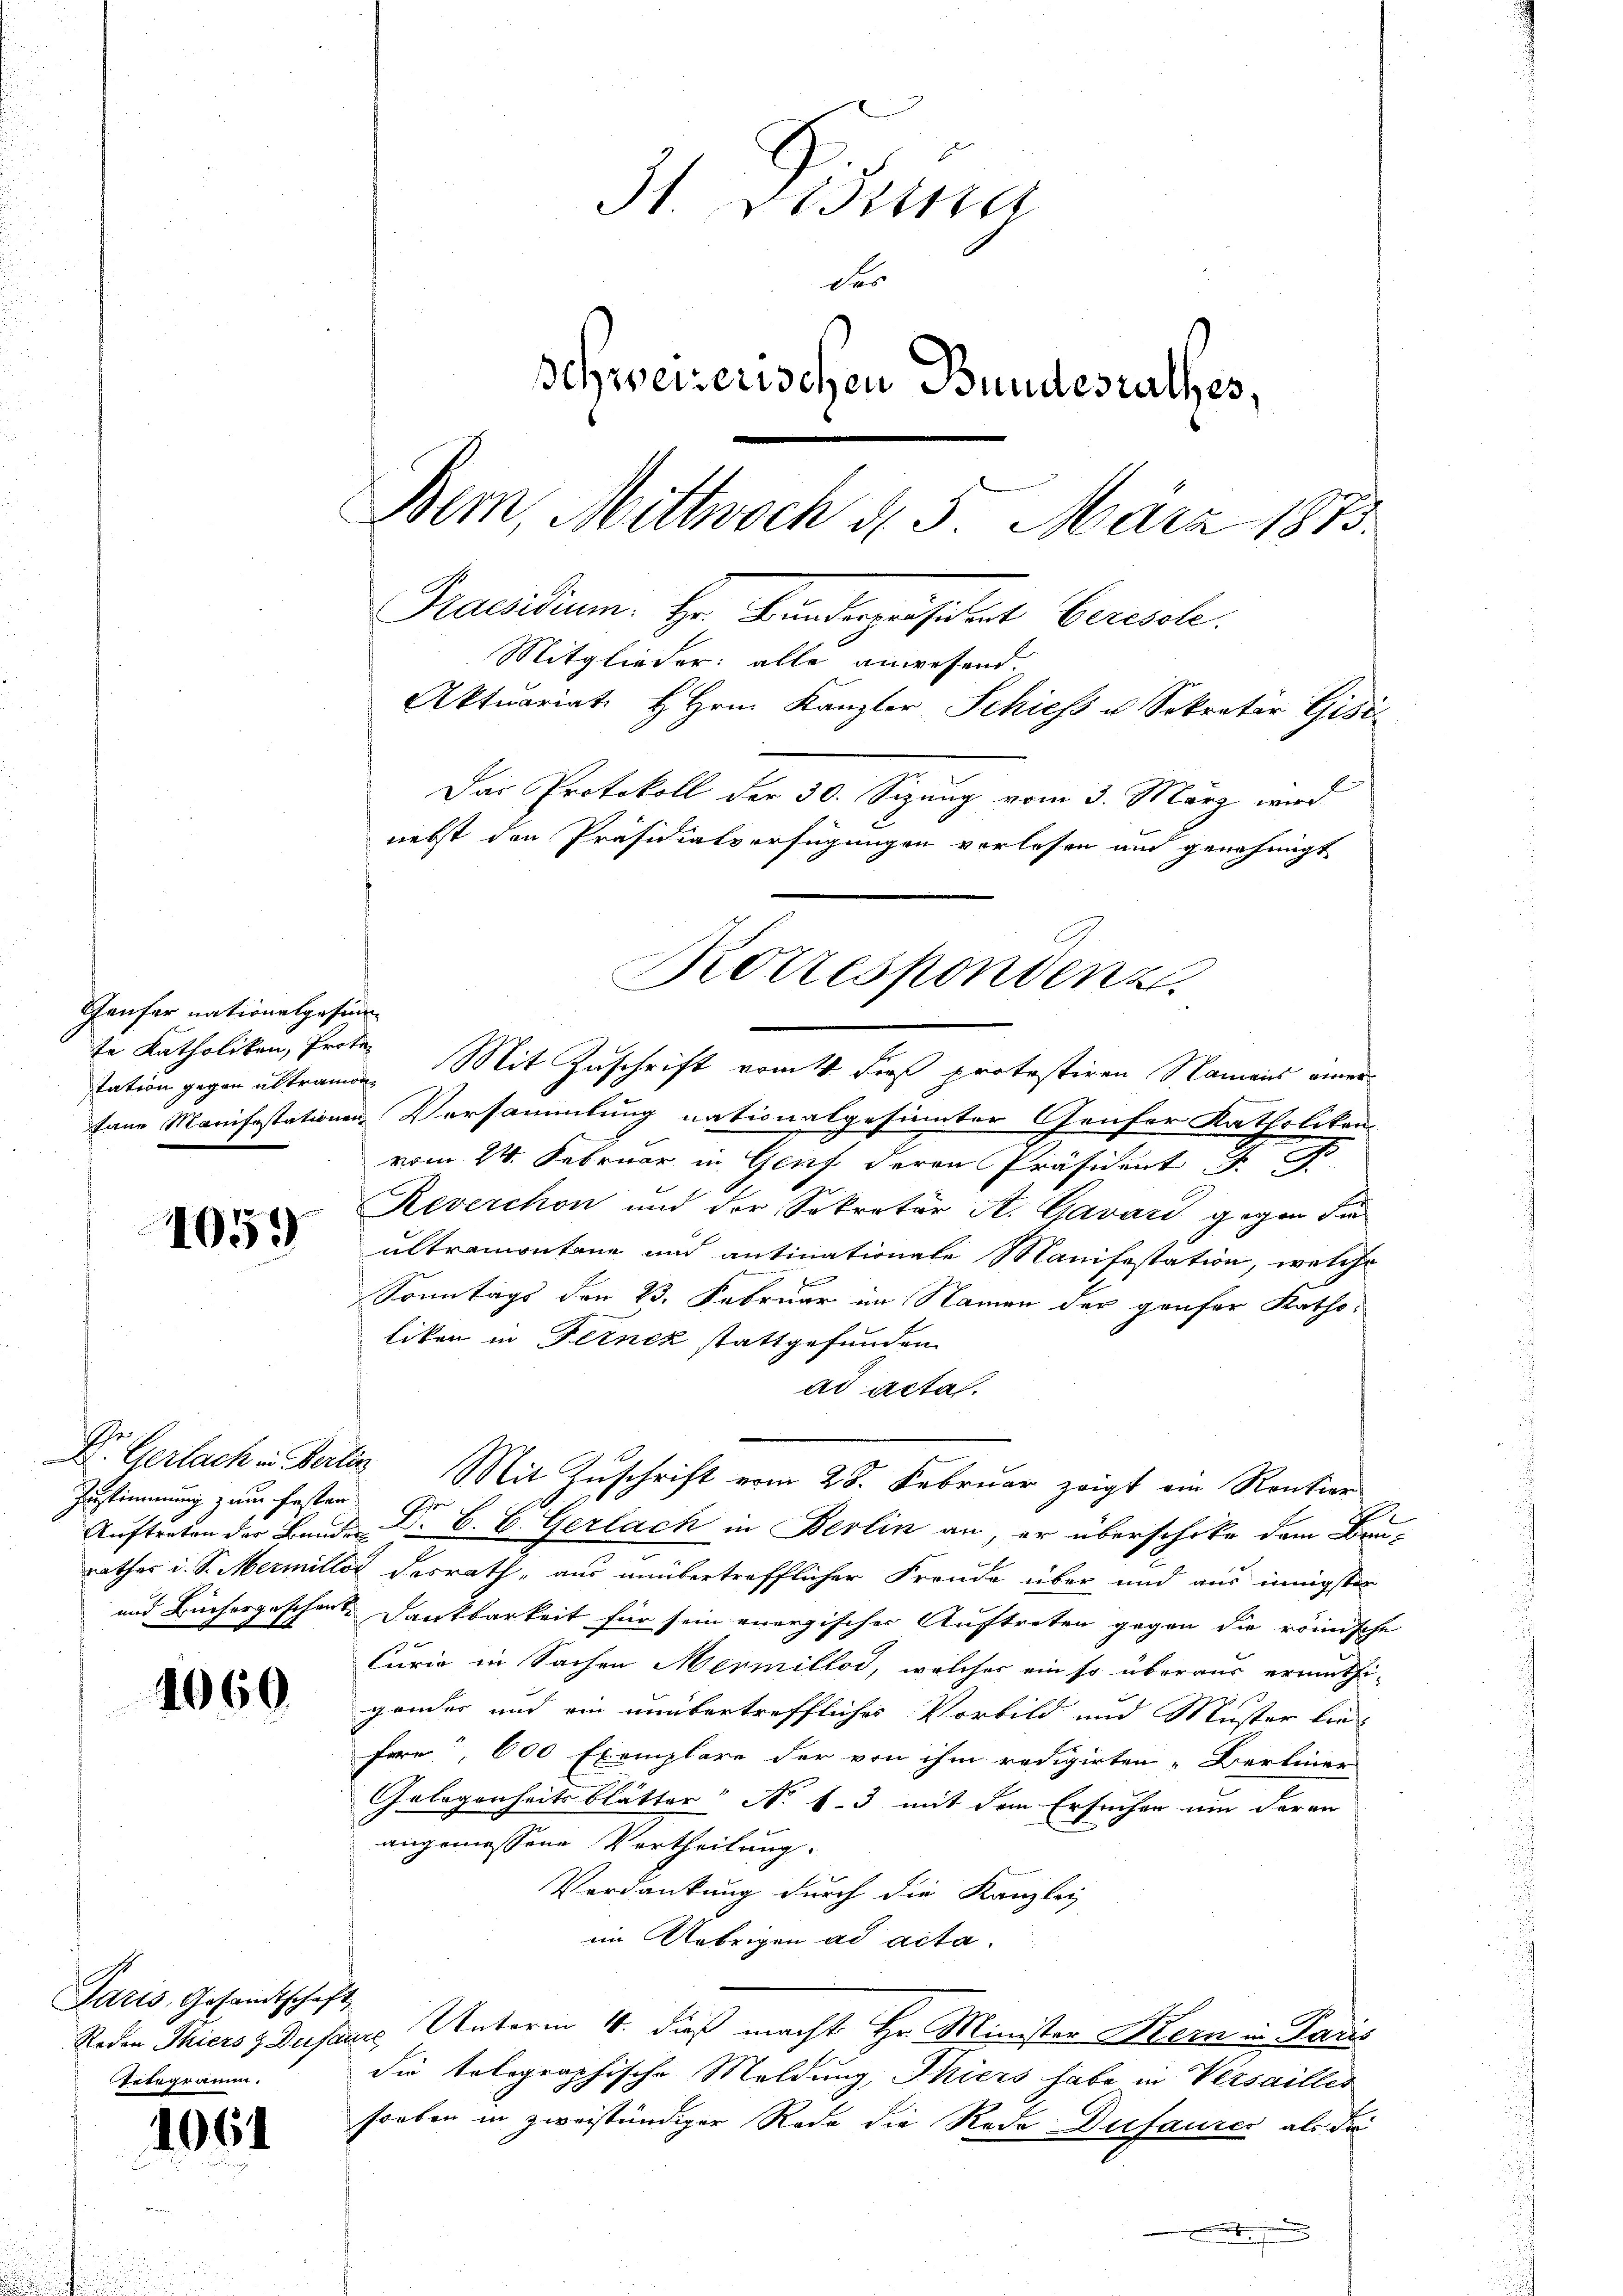
Genfer nationalgesinn-
te Katholiken, Prote¬

1059

Ehe
Zustimmung zum Festan

1060.

Idris, Gesandtschaf
Roden Thiers z Duft
rtegramm.

1061

31. Disena
des
schweizerischen Bundesrathes,
Bem, Mittwoch d. 5. März 1873.
Praesidium. Hr. Bunderpensittet Berisch.
Mitglieder: alle anwesend.
Aktuariat H. Hrn. Kanzler Schiess u. Sekretir Gisi
Das Protokoll der 30. Sizung vom 3. März wird
nebst den Präsidialverfügungen verlesen und genehmigt

tane Manifestationen Versammlung nationalgesinnter Genfer Katholiken-
vom 24. Februar in Genf deren Präsident J. G.
Reverchon und der Sekretär A. Gavari gegen die
ultramontane und antinationale Manifestation, welche
Sonntags den 23. Februar im Namen der gaufer Katholiken in Fernek stattgefunden.
ad acta.
2
2
Auftreten der Bande Dr. C. C. Gerlach in Berlin an, er überschike dem Baurathes d. S. Mermiller desrath, aus unübertrefflicher Freude über und aus innigster
und Büchergeschen. Dankbarkeit für sein energischer Auftreten gegen die römische
Curia in Sachen Mermillod, welcher ein so überaus ermuthi-
gendes und ein unübertreffliches Vorbild und Muster lie
fern, 600 Exemplare der von ihm redigirten Berliner
Gelegenheits blätter No 1. 3 mit dem Ersuchen um der an
angemessene Vertheilung.
Verdankung durch die Kanzlei
im Uebrigen ad acta.
s
auch Unterm 11. dieß macht Hr. Minister Kern in Paris
die tolographische Meldung, Thiers habe in Versailles
soeben in zweiständiger Rede die Rede Dufaures als die

Korrespondenz
tation gegen ultramde. Mit Zuschrift vom 4. daß protestiren Namens einer

D. Gerlach in Fertin Mit Zuschrift vom 28. Februar zeigt ein Rentier